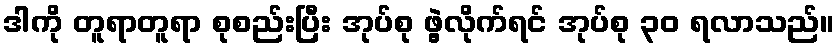
ဒါကို တူရာတူရာ စုစည်းပြီး အုပ်စု ဖွဲ့လိုက်ရင် အုပ်စု ၃၀ ရလာသည်။